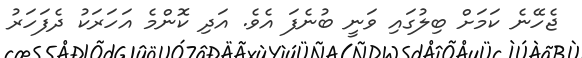
ޖެހޭނެ ކަމަށް ބިލުގައި ވަނީ ބުނެފަ އެވެ. އަދި ކޮންމެ އަހަރަކު ދެފަހަރު